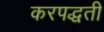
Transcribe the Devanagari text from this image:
करपद्धती